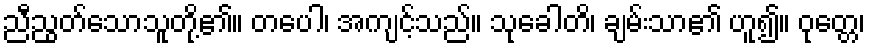
ညီညွတ်သောသူတို့၏။ တပေါ၊ အကျင့်သည်။ သုခေါတိ၊ ချမ်းသာ၏ ဟူ၍။ ဝုတ္တေ၊